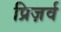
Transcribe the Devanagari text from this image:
प्रिज़र्व